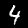
Digit: 4